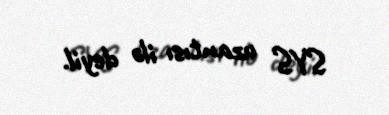
SYS uzantısı ilə deyil.